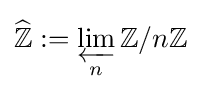
{\widehat {\mathbb {Z} }}:=\varprojlim _{n}\mathbb {Z} /n\mathbb {Z}